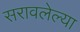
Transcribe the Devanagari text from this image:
सरावलेल्या